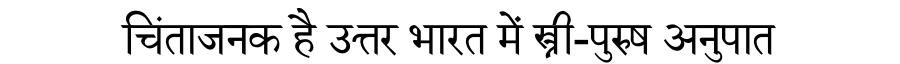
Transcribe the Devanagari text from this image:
चिंताजनक है उत्तर भारत में स्त्री-पुरुष अनुपात